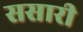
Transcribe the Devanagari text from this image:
ससारी